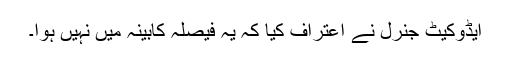
ایڈوکیٹ جنرل نے اعتراف کیا کہ یہ فیصلہ کابینہ میں نہیں ہوا۔